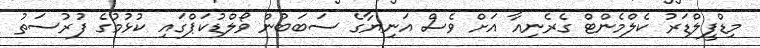
މިޑްފީލްޑަރު ކެލްމެންޓް ގެރެނިއާ އަށް ވެސް އަނިޔާގެ ސަބަބުން ވޯލްޑުކަޕްގައި ކުޅުމުގެ ފުރުސަތު